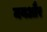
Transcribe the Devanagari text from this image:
मयऔर